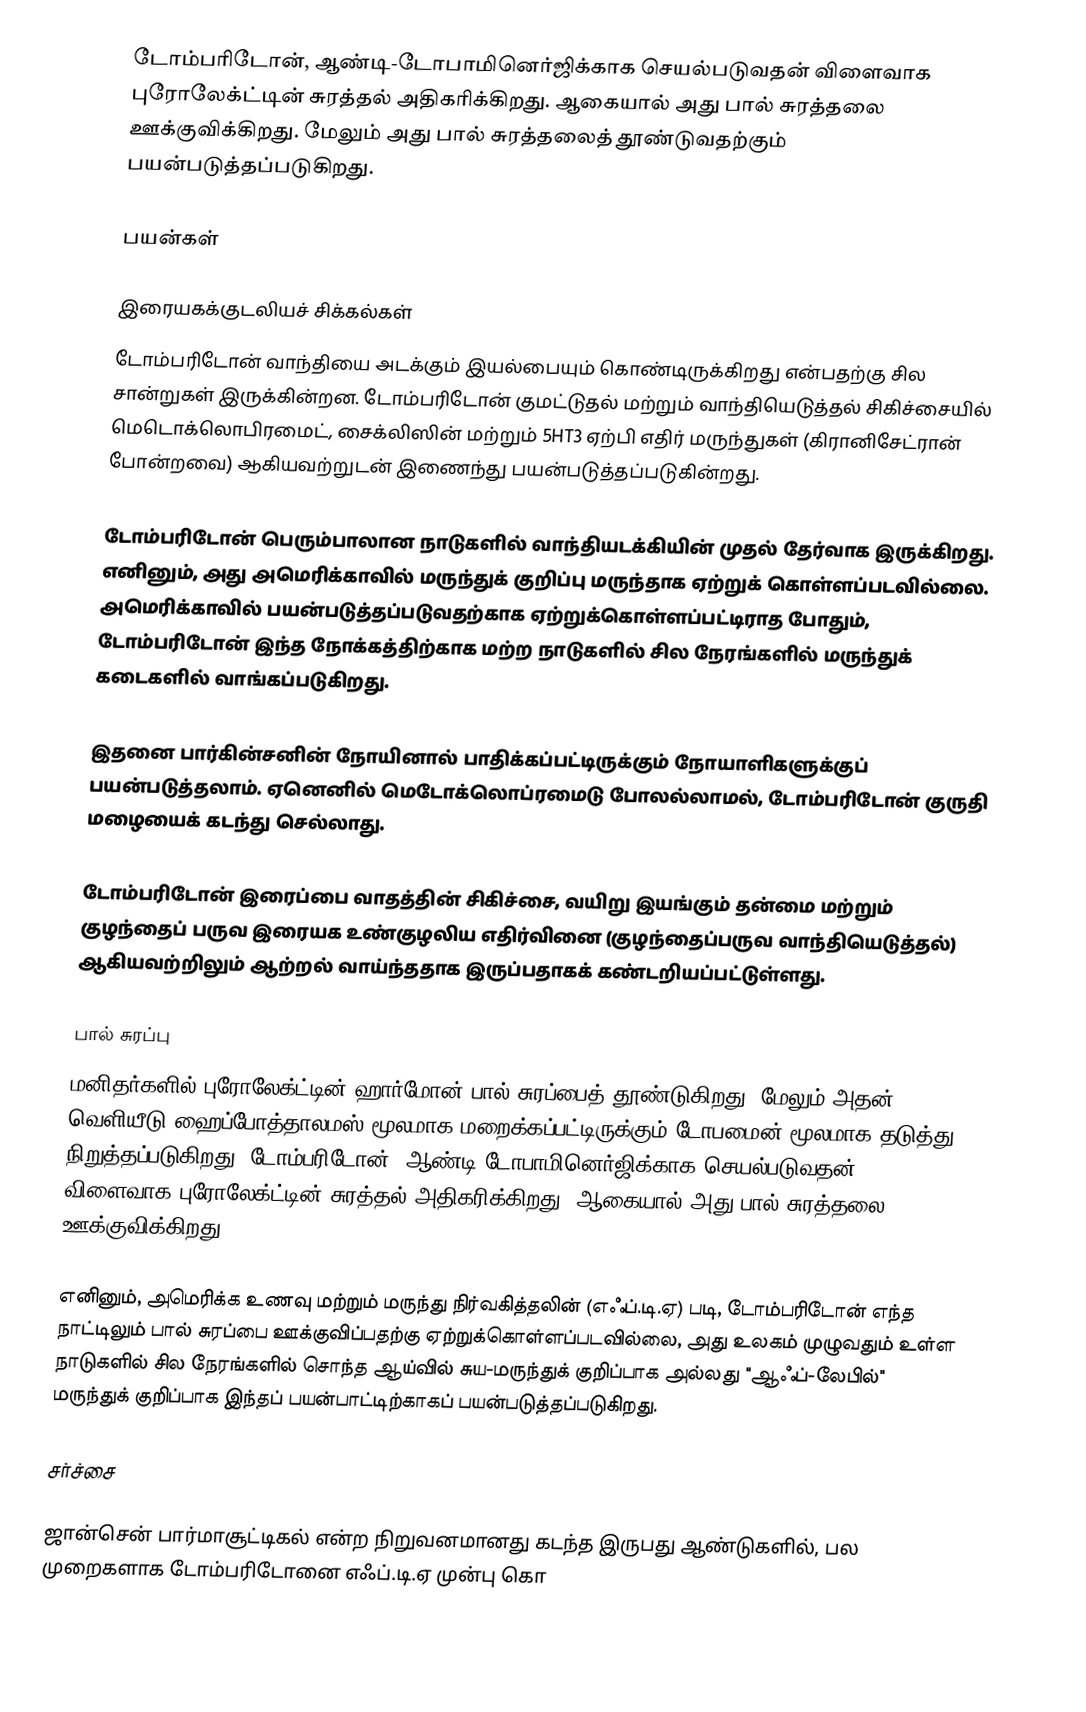
டோம்பரிடோன், ஆண்டி-டோபாமினெர்ஜிக்காக செயல்படுவதன் விளைவாக புரோலேக்ட்டின்  சுரத்தல் அதிகரிக்கிறது. ஆகையால் அது பால் சுரத்தலை ஊக்குவிக்கிறது. மேலும் அது பால் சுரத்தலைத் தூண்டுவதற்கும் பயன்படுத்தப்படுகிறது.

பயன்கள்

இரையகக்குடலியச் சிக்கல்கள்
டோம்பரிடோன் வாந்தியை அடக்கும் இயல்பையும் கொண்டிருக்கிறது என்பதற்கு சில சான்றுகள் இருக்கின்றன. டோம்பரிடோன் குமட்டுதல் மற்றும் வாந்தியெடுத்தல் சிகிச்சையில் மெடொக்லொபிரமைட், சைக்லிஸின் மற்றும் 5HT3 ஏற்பி எதிர் மருந்துகள் (கிரானிசேட்ரான் போன்றவை) ஆகியவற்றுடன் இணைந்து பயன்படுத்தப்படுகின்றது.

டோம்பரிடோன் பெரும்பாலான நாடுகளில் வாந்தியடக்கியின் முதல் தேர்வாக இருக்கிறது. எனினும், அது அமெரிக்காவில் மருந்துக் குறிப்பு மருந்தாக ஏற்றுக் கொள்ளப்படவில்லை. அமெரிக்காவில் பயன்படுத்தப்படுவதற்காக ஏற்றுக்கொள்ளப்பட்டிராத போதும், டோம்பரிடோன் இந்த நோக்கத்திற்காக மற்ற நாடுகளில் சில நேரங்களில் மருந்துக் கடைகளில் வாங்கப்படுகிறது.

இதனை பார்கின்சனின் நோயினால் பாதிக்கப்பட்டிருக்கும் நோயாளிகளுக்குப் பயன்படுத்தலாம். ஏனெனில் மெடோக்லொப்ரமைடு போலல்லாமல், டோம்பரிடோன் குருதி மழையைக் கடந்து செல்லாது.

டோம்பரிடோன் இரைப்பை வாதத்தின் சிகிச்சை, வயிறு இயங்கும் தன்மை மற்றும் குழந்தைப் பருவ இரையக உண்குழலிய எதிர்வினை (குழந்தைப்பருவ வாந்தியெடுத்தல்) ஆகியவற்றிலும் ஆற்றல் வாய்ந்ததாக இருப்பதாகக் கண்டறியப்பட்டுள்ளது.

பால் சுரப்பு
மனிதர்களில் புரோலேக்ட்டின் ஹார்மோன் பால் சுரப்பைத் தூண்டுகிறது. மேலும் அதன் வெளியீடு ஹைப்போத்தாலமஸ் மூலமாக மறைக்கப்பட்டிருக்கும் டோபமைன் மூலமாக தடுத்து நிறுத்தப்படுகிறது. டோம்பரிடோன், ஆண்டி-டோபாமினெர்ஜிக்காக செயல்படுவதன் விளைவாக புரோலேக்ட்டின் சுரத்தல் அதிகரிக்கிறது. ஆகையால் அது பால் சுரத்தலை ஊக்குவிக்கிறது.

எனினும், அமெரிக்க உணவு மற்றும் மருந்து நிர்வகித்தலின் (எஃப்.டி.ஏ) படி, டோம்பரிடோன் எந்த நாட்டிலும் பால் சுரப்பை ஊக்குவிப்பதற்கு ஏற்றுக்கொள்ளப்படவில்லை, அது உலகம் முழுவதும் உள்ள நாடுகளில் சில நேரங்களில் சொந்த ஆய்வில் சுய-மருந்துக் குறிப்பாக அல்லது "ஆஃப்-லேபில்" மருந்துக் குறிப்பாக இந்தப் பயன்பாட்டிற்காகப் பயன்படுத்தப்படுகிறது.

சர்ச்சை

ஜான்சென் பார்மாசூட்டிகல் என்ற நிறுவனமானது கடந்த இருபது ஆண்டுகளில், பல முறைகளாக டோம்பரிடோனை எஃப்.டி.ஏ முன்பு கொ